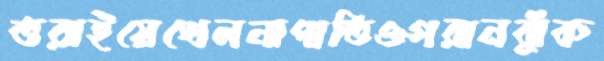
তরাইয়েখেলনাপাতিওগরানঝুঁক